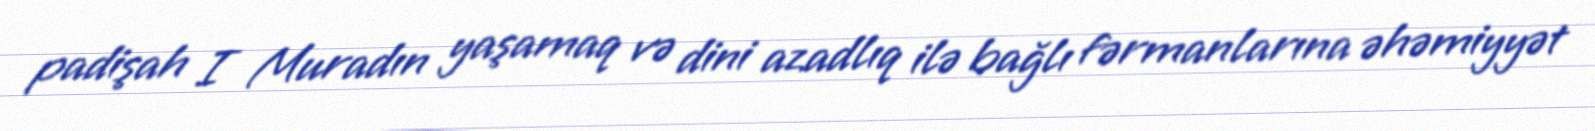
padişah I Muradın yaşamaq və dini azadlıq ilə bağlı fərmanlarına əhəmiyyət